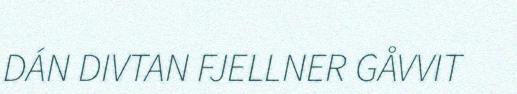
DÁN DIVTAN FJELLNER GÅVVIT